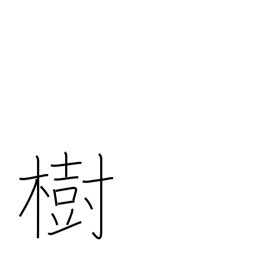
Meaning: establish